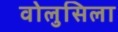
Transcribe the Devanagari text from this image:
वोलुसिला